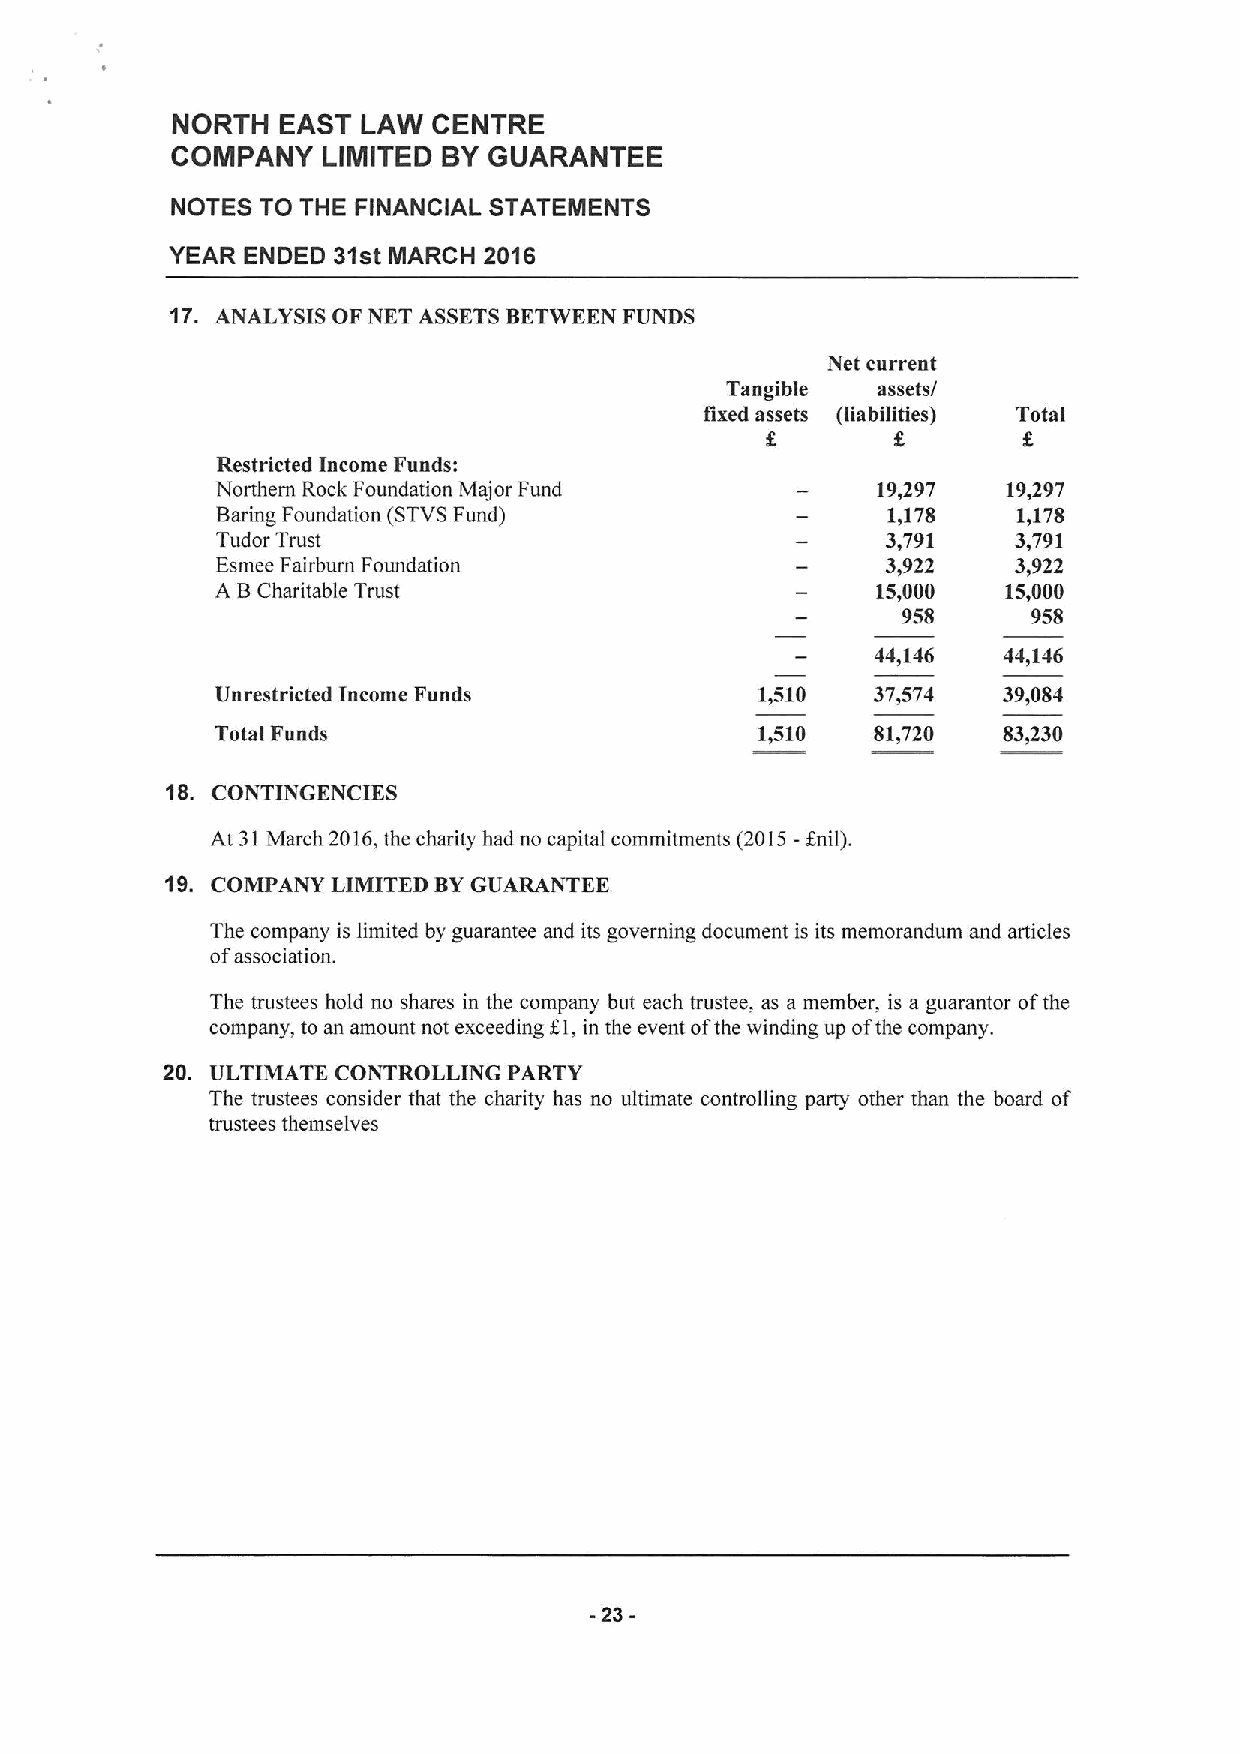
NORTH   EAST LAW  CENTRE
 COMPANY   LIMITED BYGUARANTEE
 NOTES TO THE FINANCIAL STATEMENTS
 YEAR ENDED 31st MARCH 2016
 17. ANALYSIS OF NET ASSETSBETWEEN FUNDS
 Net current
 Tangible  assets/
 fixed assets (liabilities) Total
 8
 Restricted Income Funds:
 Northern Rock Foundation Major Fund         19,297   19,297
 Baring Foundation (STVSFund)                 1,178   1,178
 Tudor Trust                                  3,791   3,791
 Esmee Fairbum Foundation                     3,922   3,922
 A BCharitable Trust                         15,000   15,000
 958     958
 44,146  44,146
 Unrestricted Income Funds           1,510   37,574  39,084
 Total Funds                         1,510   81,720  83,230
 18. CONTINGENCIES
 At 31March 2016,the charity had no capital commitments (2015-anil).
 19. COMPANY LIMITED BYGUARANTEE
 The company is limited by guarantee and its governing document is its memorandum and articles
 ofassociation.
 The trustees hold no shares in the company but each trustee, as a member, is a guarantor ofthe
 I
 company, to an amount not exceeding I,in the event ofthe winding up ofthe company.
 20. ULTIMATE CONTROLLING PARTY
 The trustees consider that the charity has no ultimate controlling party other than the board of
 trustees themselves
 -23-